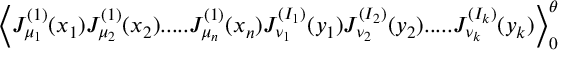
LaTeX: \Big \langle J _ { \mu _ { 1 } } ^ { ( 1 ) } ( x _ { 1 } ) J _ { \mu _ { 2 } } ^ { ( 1 ) } ( x _ { 2 } ) . . . . . J _ { \mu _ { n } } ^ { ( 1 ) } ( x _ { n } ) J _ { \nu _ { 1 } } ^ { ( I _ { 1 } ) } ( y _ { 1 } ) J _ { \nu _ { 2 } } ^ { ( I _ { 2 } ) } ( y _ { 2 } ) . . . . . J _ { \nu _ { k } } ^ { ( I _ { k } ) } ( y _ { k } ) \Big \rangle _ { 0 } ^ { \theta }